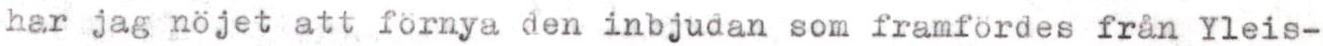
har jag nöjet att förnya den inbjudan som framfördes från Yleis-